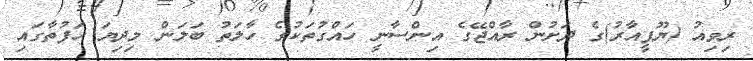
ރިވިއު (ޔޫޕީއާރު)ގެ ދަށުން ރާއްޖޭގެ އިންސާނީ ހައްގުތަކުގެ ހާލަތު ބަލަން މިދިޔަ ހަފުތާގައި